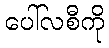
ပေါ်လစီကို